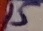
Text: 15